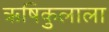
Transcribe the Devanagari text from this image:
ऋषिकुलाला